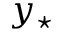
y _ { \star }